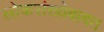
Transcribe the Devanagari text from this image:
लोकसंख्येबाबत